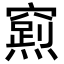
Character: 𮄛